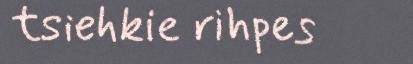
tsiehkie rihpes